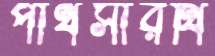
পার্থসারথি